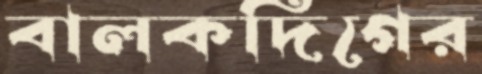
বালকদিগের